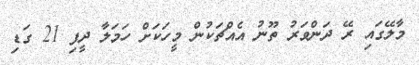
މާލޭގައި ރޭ ދަންވަރު ތޫނު އެއްޗަކުން މީހަކަށް ހަމަލާ ދީފި 21 ގަޑި